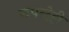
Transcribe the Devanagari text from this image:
रूपन्देही